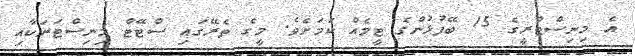
އެ މިނިސްޓްރީގެ 15 ބޭފުޅުންގެ ޓީމެއް ކަމަށެވެ. މީގެ ތެރޭގައި ސްޓޭޓް މިނިސްޓަރަކާއި